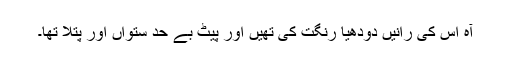
آہ اس کی رانیں دودھیا رنگت کی تھیں اور پیٹ بے حد ستواں اور پتلا تھا۔